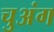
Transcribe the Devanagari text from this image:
चुअंग